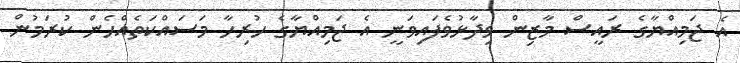
އެ ޖަމިއްޔާގެ ރައީސް މާޒިން ވިދާޅުވެފައިވަނީ އެ ޖަމިއްޔާގެ ހުރިހާ މަސައްކަތެއްހެން ކުރަމުން